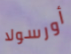
أورسولا